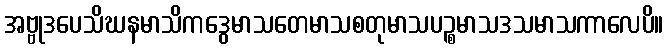
အဗ္ဗုဒပေသိဃနမာသိကဒွေမာသတေမာသစတုမာသပဉ္စမာသဒသမာသကာလေပိ။